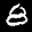
Label: 8